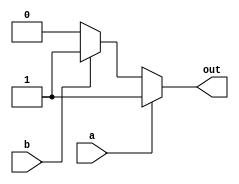
module or_1bit(a, b, out);

input a, b ;
output reg out;

always @(a or b ) begin
	
	if (a == 1'b0) begin
		if(b == 1'b0)
		out = 1'b0;

		else
		out = 1'b1;
	end
	else
	out = 1'b1;
		
end

endmodule